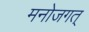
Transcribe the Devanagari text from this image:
मनोजगत्